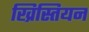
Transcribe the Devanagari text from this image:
ख्रिस्तियन